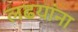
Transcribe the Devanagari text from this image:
लढयांना